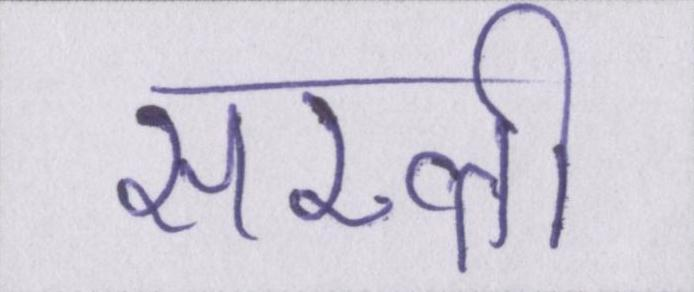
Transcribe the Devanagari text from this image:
सख्ती